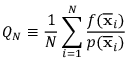
Q _ { N } \equiv { \frac { 1 } { N } } \sum _ { i = 1 } ^ { N } { \frac { f ( { \overline { { \mathbf { x } } } } _ { i } ) } { p ( { \overline { { \mathbf { x } } } } _ { i } ) } }